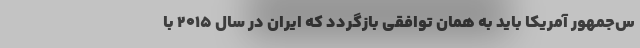
س‌جمهور آمریکا باید به همان توافقی بازگردد که ایران در سال ۲۰۱۵ با